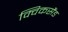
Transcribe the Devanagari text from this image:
क्विकसैंड